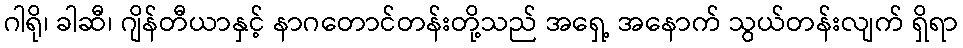
ဂါရို၊ ခါဆီ၊ ဂျိန်တီယာနှင့် နာဂတောင်တန်းတို့သည် အရှေ့ အနောက် သွယ်တန်းလျက် ရှိရာ